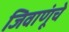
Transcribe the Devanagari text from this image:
जिवाणूंचे